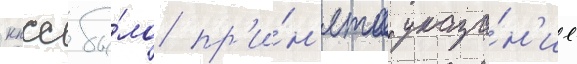
кпсс бы́ло пр'и́н'ято указа́н'ие